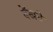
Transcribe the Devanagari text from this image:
देंखने